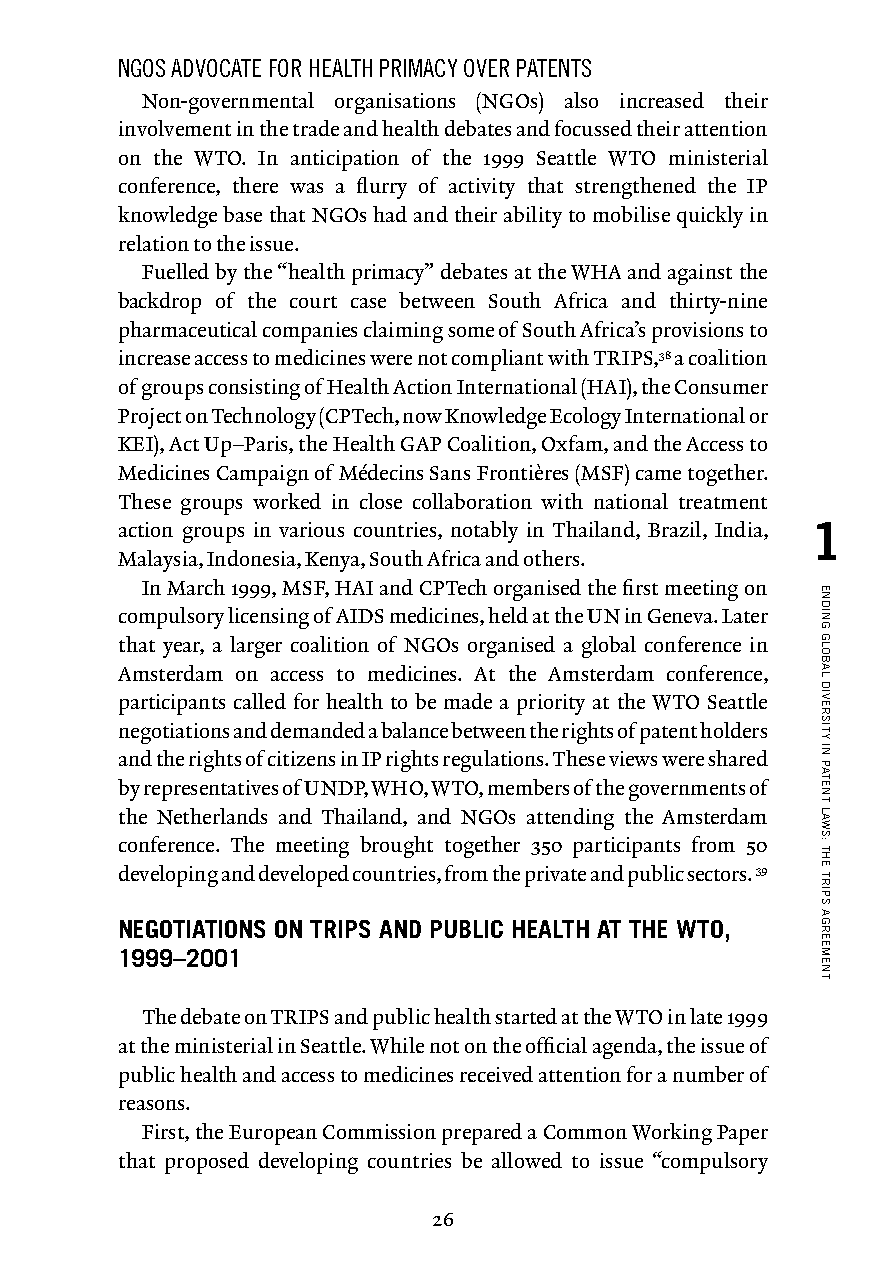
NGOS ADVOCATE FOR HEALTH PRIMACY OVER PATENTS
 Non-governmental organisations (NGOs) also increased their
 involvement in the trade and health debates and focussed their attention
 on the WTO. In anticipation of the 1999 Seattle WTO ministerial
 conference, there was a flurry of activity that strengthened the IP
 knowledge base that NGOs had and their ability to mobilise quickly in
 relation to the issue.
 Fuelled by the “health primacy” debates at the WHA and against the
 backdrop of the court case between South Africa and thirty-nine
 pharmaceutical companies claiming some of South Africa’s provisions to
 increase access to medicines were not compliant with TRIPS,38 a coalition
 of groups consisting of Health Action International (HAI), the Consumer
 Project on Technology (CPTech, now Knowledge Ecology International or
 KEI), Act Up–Paris, the Health GAP Coalition, Oxfam, and the Access to
 Medicines Campaign of Médecins Sans Frontières (MSF) came together.
 These groups worked in close collaboration with national treatment
 action groups in various countries, notably in Thailand, Brazil, India, 1
 Malaysia, Indonesia, Kenya, South Africa and others.
 In March 1999, MSF, HAI and CPTech organised the first meeting on
 compulsory licensing of AIDS medicines, held at the UN in Geneva. Later
 that year, a larger coalition of NGOs organised a global conference in
 Amsterdam on access to medicines. At the Amsterdam conference,
 participants called for health to be made a priority at the WTO Seattle
 negotiations and demanded a balance between the rights of patent holders
 and the rights of citizens in IP rights regulations. These views were shared
 by representatives of UNDP, WHO, WTO, members of the governments of
 the Netherlands and Thailand, and NGOs attending the Amsterdam
 conference. The meeting brought together 350 participants from 50
 developing and developed countries, from the private and public sectors. 39
 NEGOTIATIONS ON TRIPS AND PUBLIC HEALTH AT THE WTO,
 1999–2001
 The debate on TRIPS and public health started at the WTO in late 1999
 at the ministerial in Seattle. While not on the official agenda, the issue of
 public health and access to medicines received attention for a number of
 reasons.
 First, the European Commission prepared a Common Working Paper
 that proposed developing countries be allowed to issue “compulsory
 26
 ENDING
 GLOBAL
 DIVERSITY
 IN
 PATENT
 LAWS:
 THE
 TRIPS
 AGREEMENT